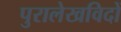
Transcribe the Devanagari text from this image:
पुरालेखविदों